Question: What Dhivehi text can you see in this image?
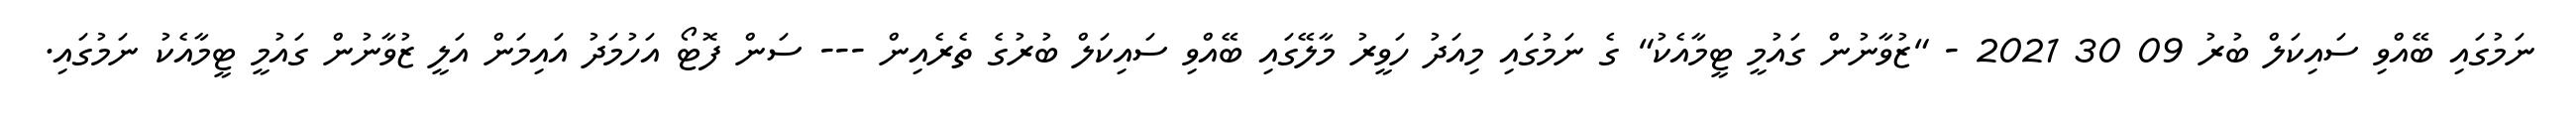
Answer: ނަމުގައި ބޭއްވި ސައިކަލް ބުރު 09 30 2021 - "ޒުވާނުން ގައުމީ ޓީމާއެކު" ގެ ނަމުގައި މިއަދު ހަވީރު މާލޭގައި ބޭއްވި ސައިކަލް ބުރުގެ ތެރެއިން --- ސަން ފޮޓޯ އަހުމަދު އައިމަން އަލީ ޒުވާނުން ގައުމީ ޓީމާއެކު ނަމުގައި.